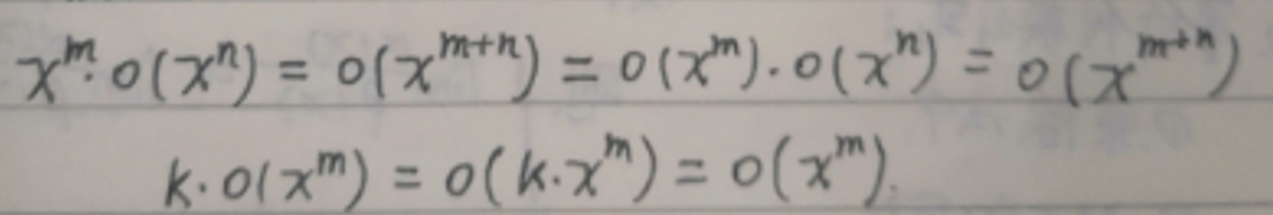
\[
x^{m} \cdot o(x^{n}) = o(x^{m + n}) = o(x^{m}) \cdot o(x^{n}) = o(x^{m + n})
\]
\[
k \cdot o(x^{m}) = o(k \cdot x^{m}) = o(x^{m})
\]